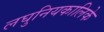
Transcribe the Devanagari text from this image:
लघुनियकालिके